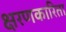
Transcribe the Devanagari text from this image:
क्षरणकारिता